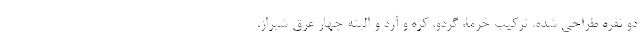
دو نفره طراحی شده. ترکیب خرما، گردو، کره و آرد و البته چهار عرق شیراز،